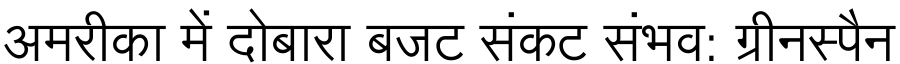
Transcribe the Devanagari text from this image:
अमरीका में दोबारा बजट संकट संभव: ग्रीनस्पैन